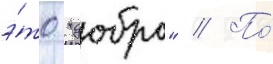
э́то "добро" // По́